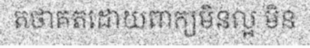
តថាគតដោយពាក្យមិនល្អ មិន